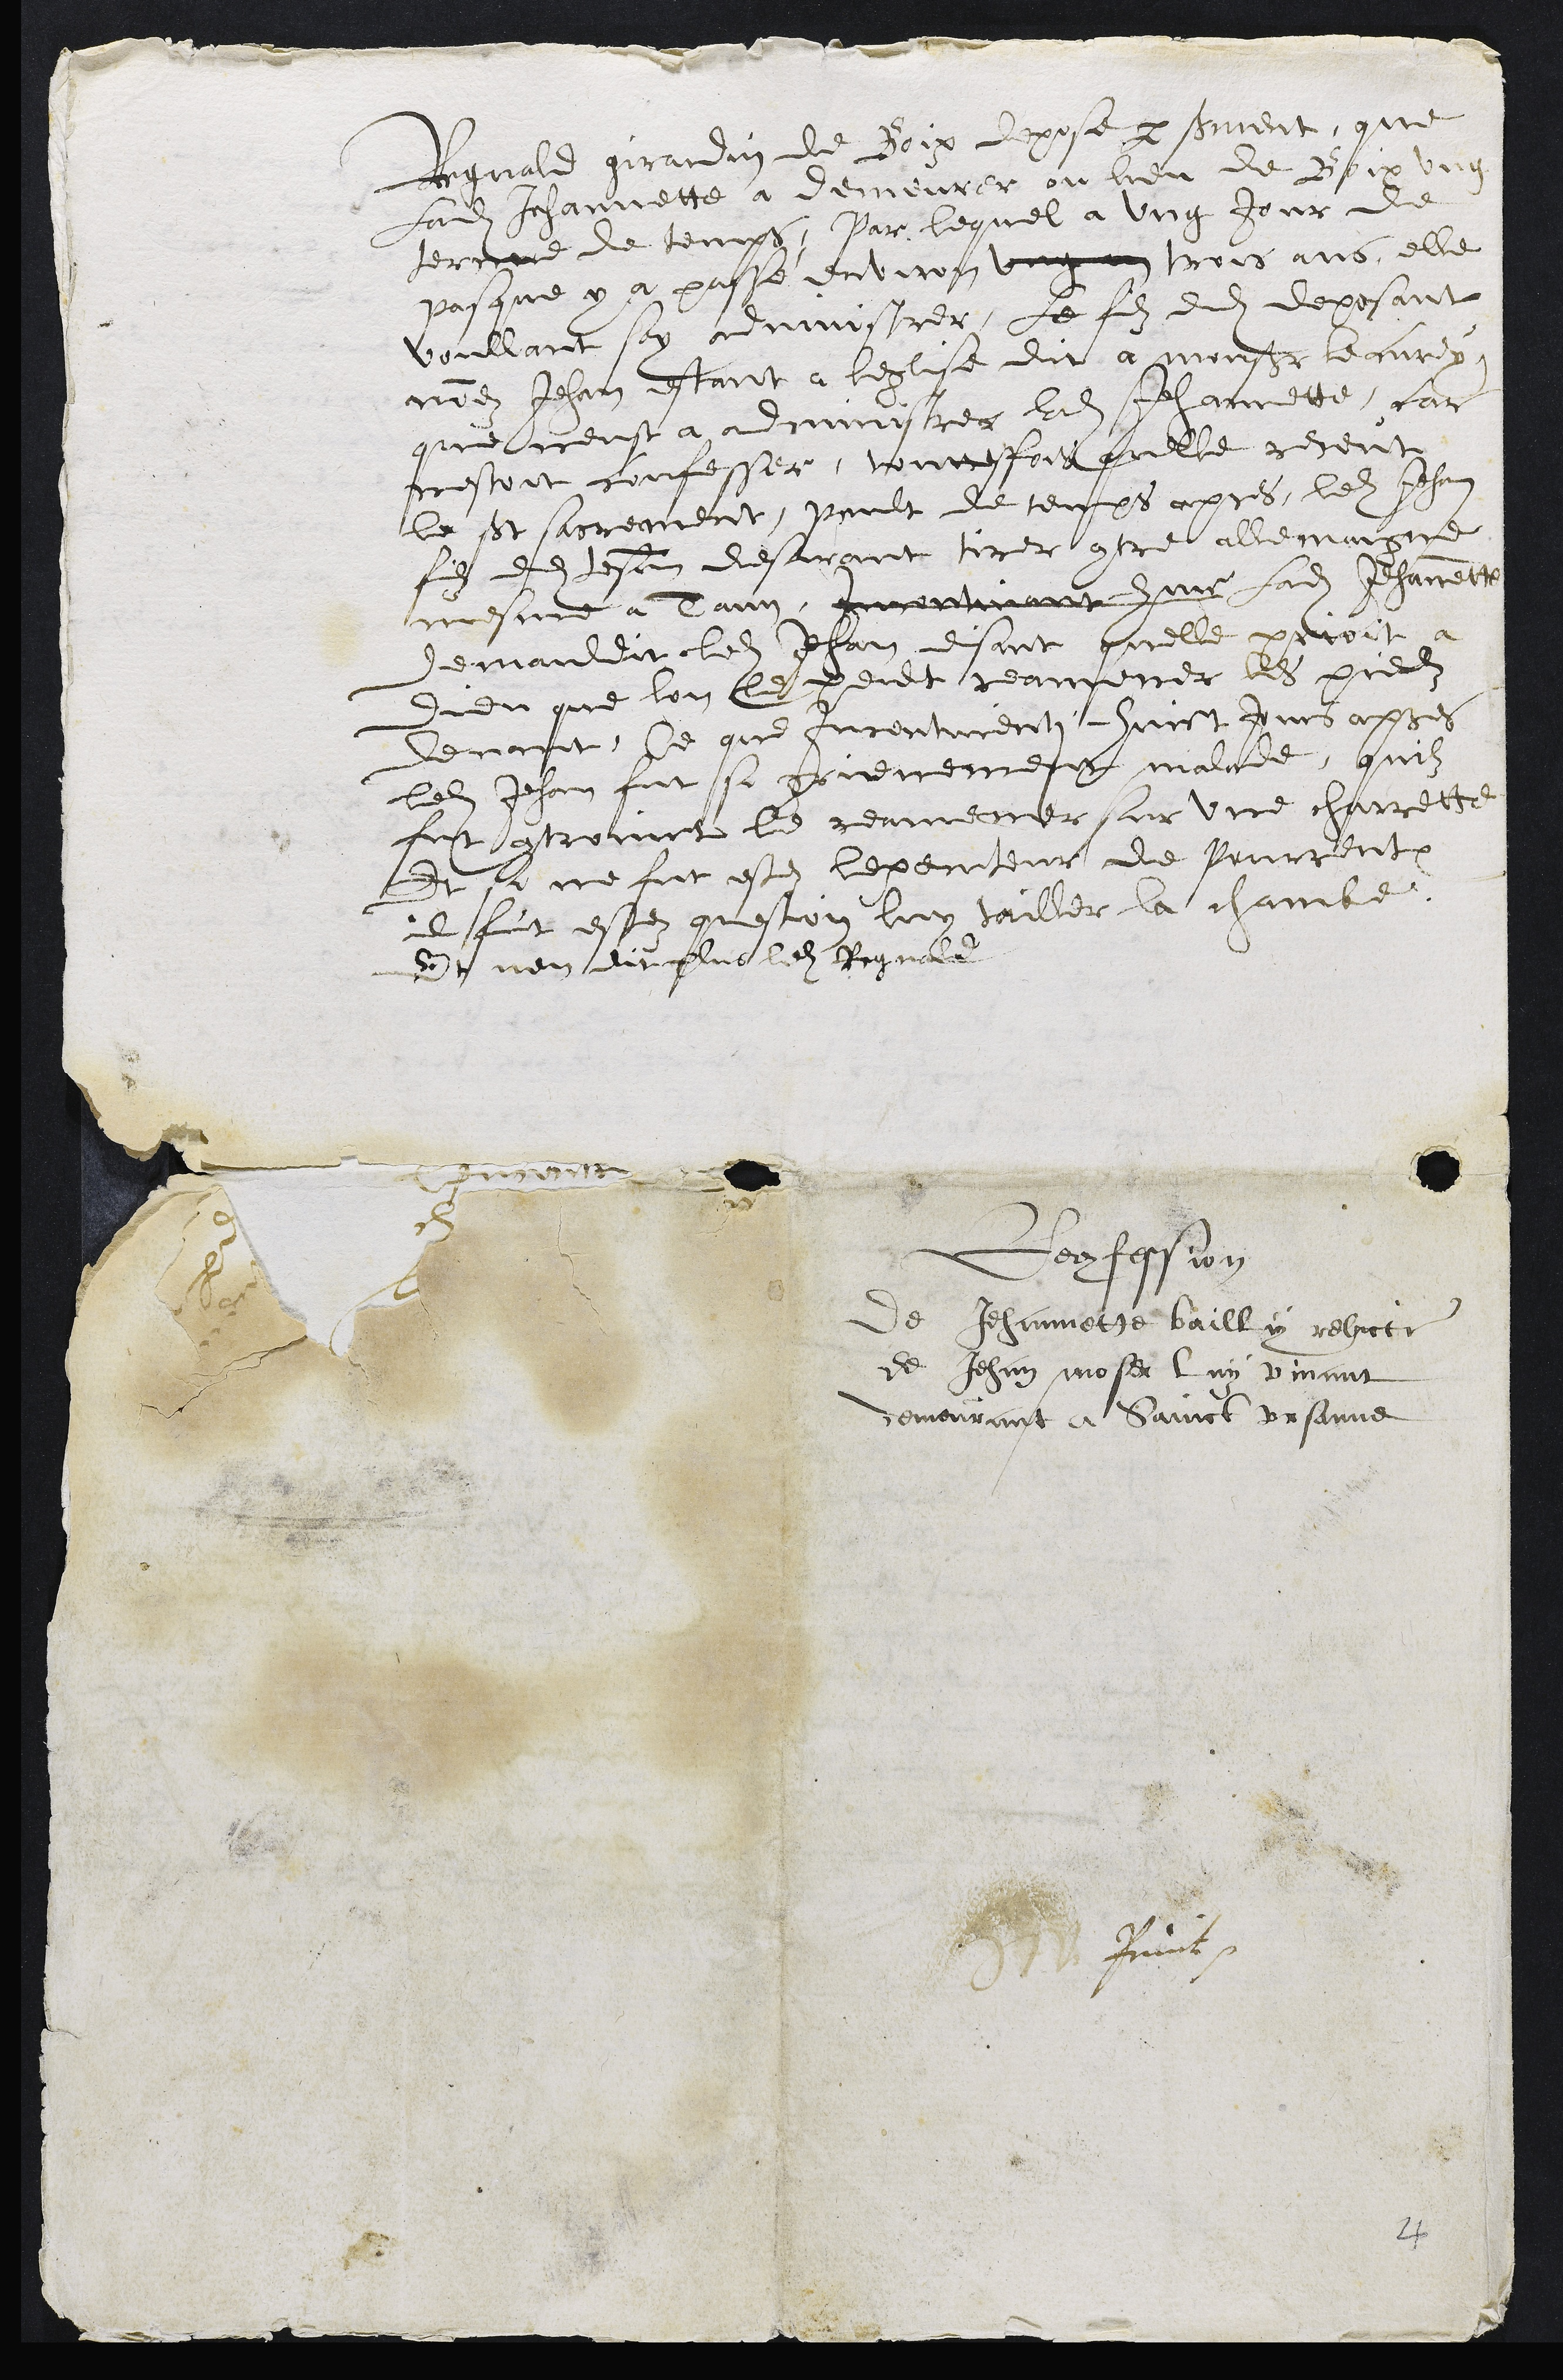
Regnald girardin de Boix depose per serment, que
Ladite Jehannette a demeurer ou lieu de Boix ung
terme de temps, Par lequel a ung Jour de
pasque y a passé environ ung an trois ans, elle
voullant soy administrer, Le fils dudit deposant
nomez Jehan estant a leglise dit a monsr leaurx
que ceust a adminirer ladite Jehannette, car
nestoit confessee, toutteffois quelle receut
le st sarrement, peult de temps apres, ledit Jehan
fils dudit Jehain desirant tirer contre allemaigne
mesme a Tann, quentinant huus ladite Jehanett
demauldit ledit Jehan disant quelle peroit
didu que lon le peult reamener les piedz
devant, Ce que furenturenti huict jurs apres
ledit Jehan fut si fruemement malade, quilz
fut controinct le reamener sur une charrette
Et si ne fut estez lepemiteur de Pourrentux
il fut estez question luy tailler la chambe.
de t nen dit plus ledit Regnale

Donfasion
de Jehannette bailliy relicti
de Jehan moser luy vivant
demeurant à Sainct prsanne
# Puit